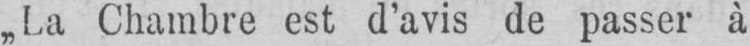
„La Chambre est d’avis de passer à